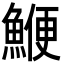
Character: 鯾